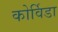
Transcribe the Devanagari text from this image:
कोर्विडा